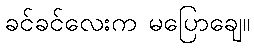
ခင်ခင်လေးက မပြောချေ။